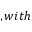
, w i t h